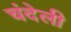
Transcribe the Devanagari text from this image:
चंदेली